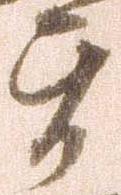
旨